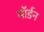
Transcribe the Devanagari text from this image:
माॅर्डन